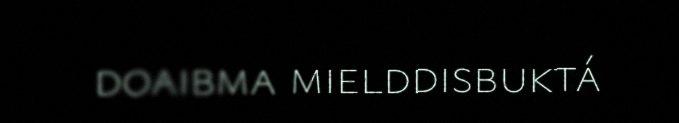
doaibma mielddisbuktá